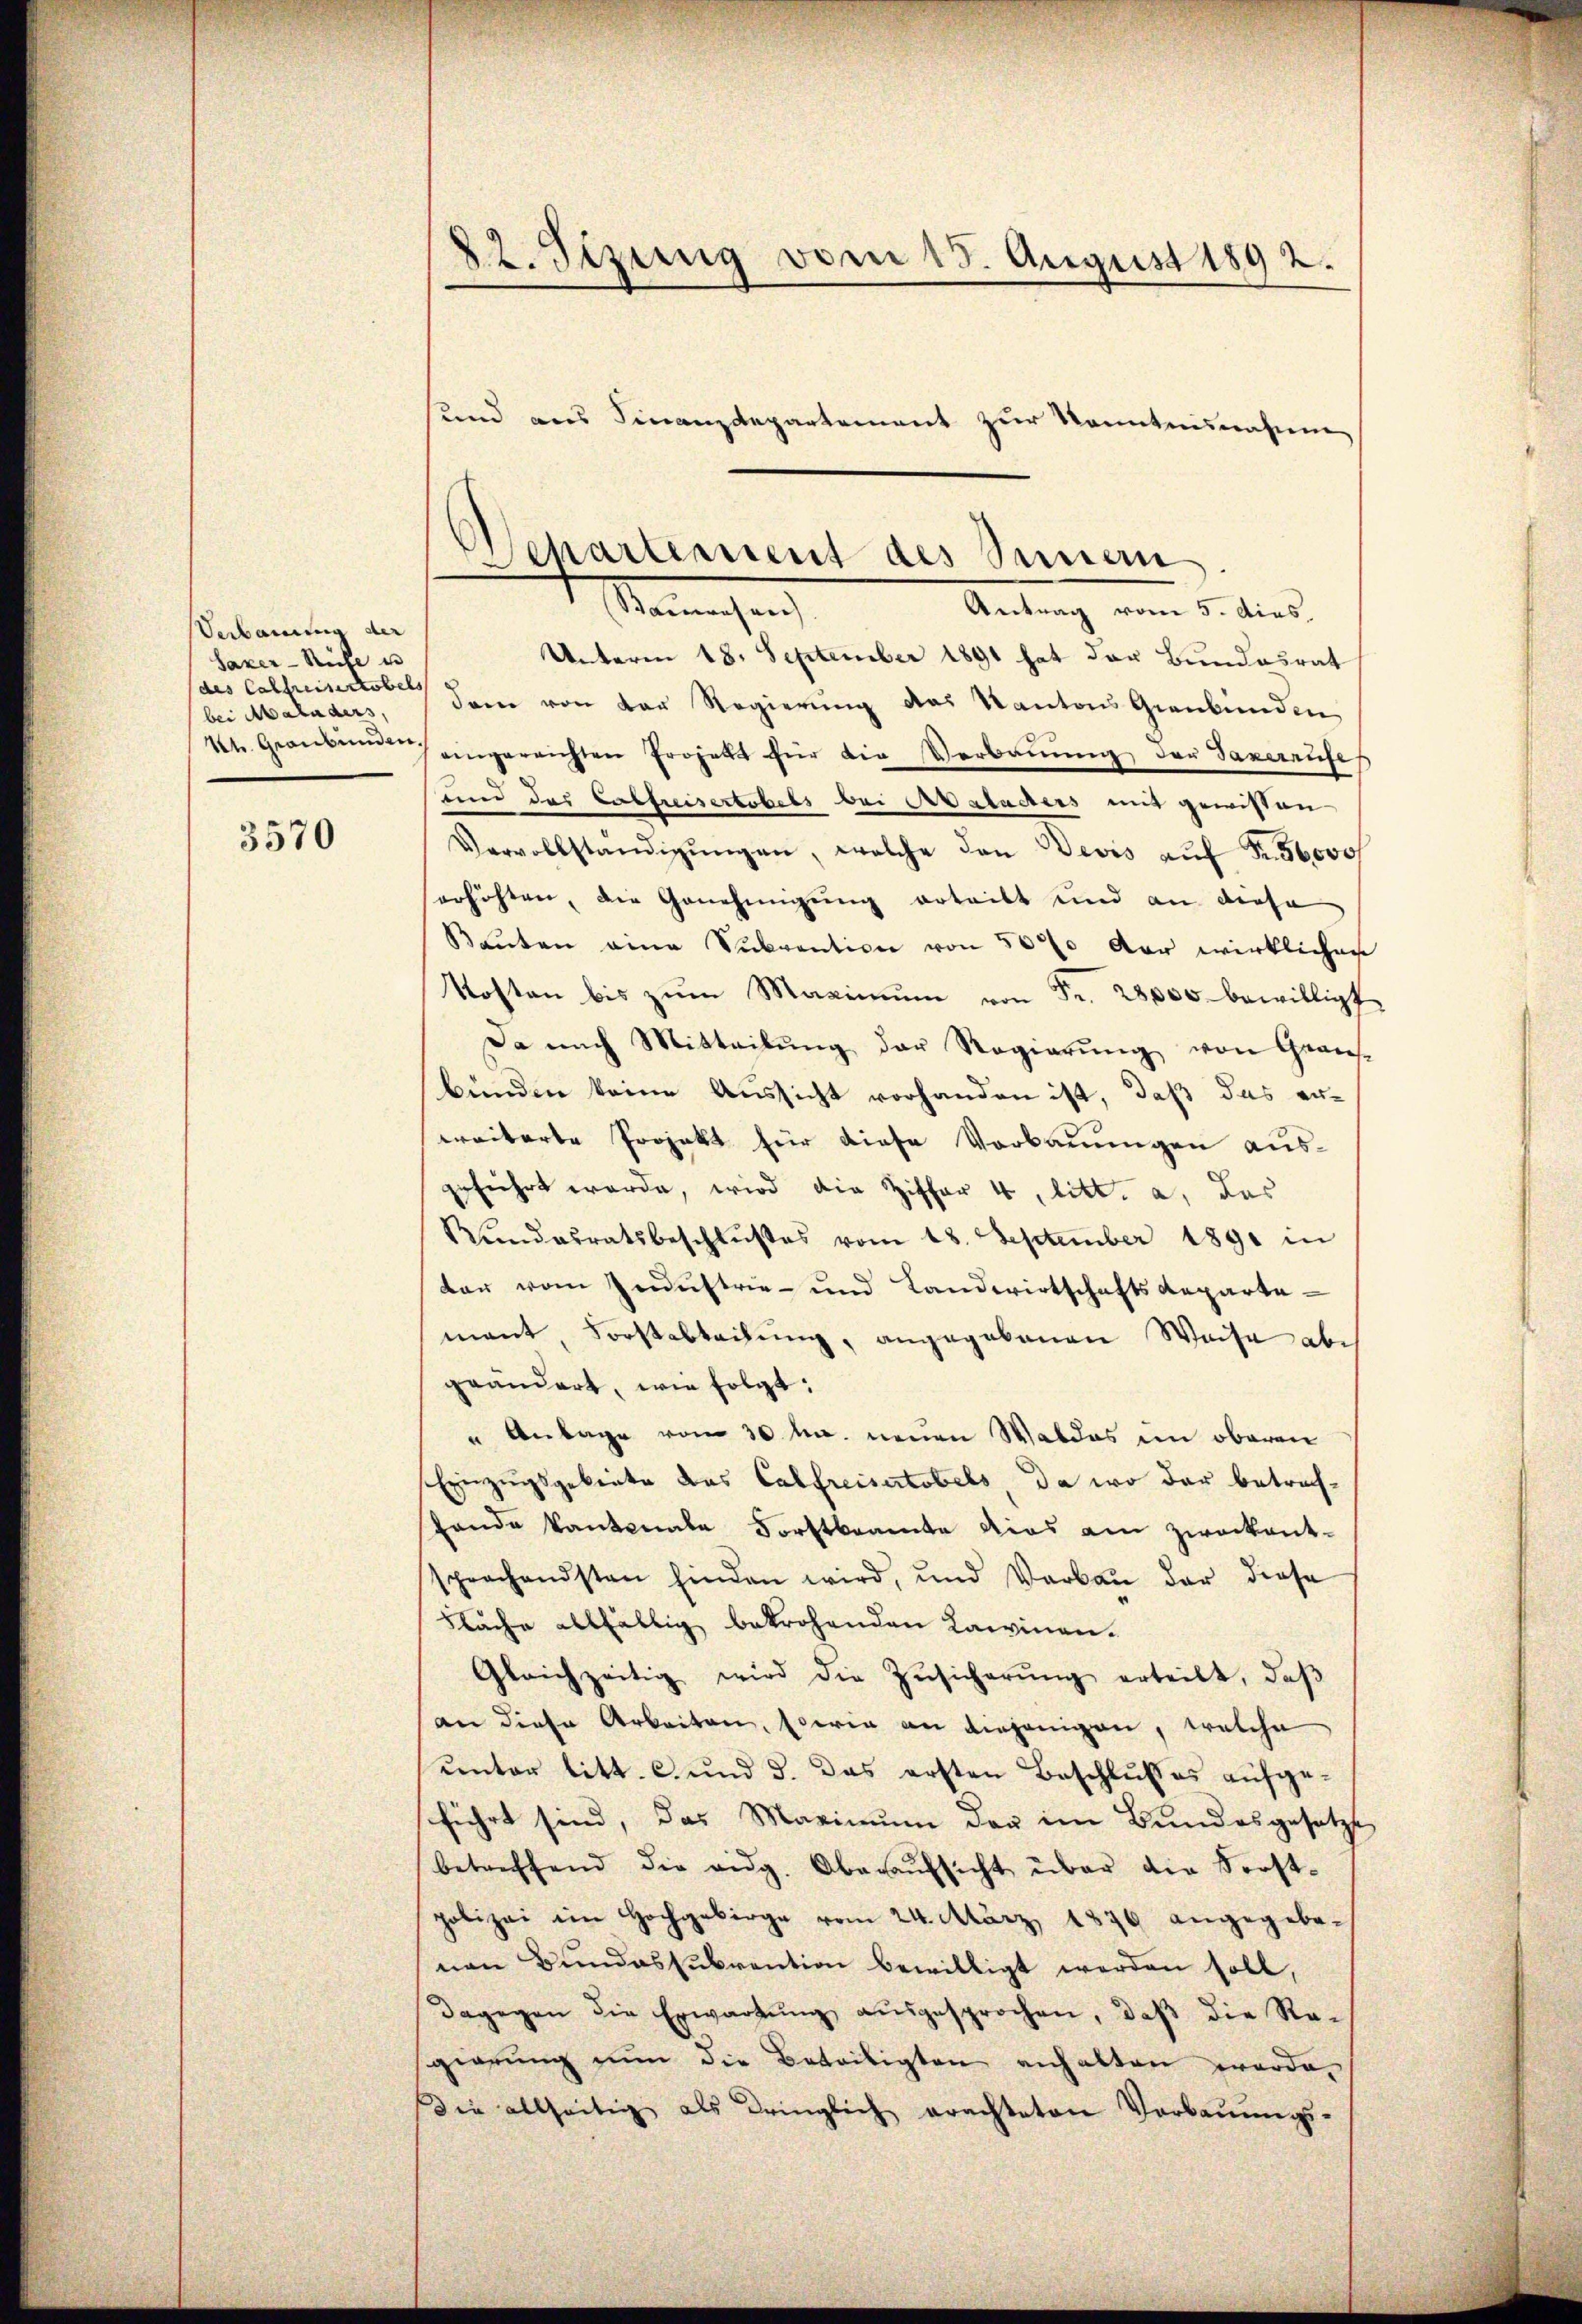
Verbauung der
Saxer-Ricke u
(des Castreitertobels
bei Maladers,

3570

22. Sizung vom 15. August 1892.
sund aus Finanzdepartement zur Kenntnisnahme

)
Departement des Sinnern
Marechen
Antrag vom 5. dies

Unterm 18. September 1891 hat der Bundesrat
dem von der Regierung das Kantons Graubünden
kt Granken hingerrichten Projekt für die Verbauung der Saxerrufes
und das Calfreisertobels bei Aaladiers mit gewissen
Vervollständigŭngen, welche den Devis aŭf Fr. 56000 f
serhöhten, die Genehmigung erteilt und an diese
Baŭten eine Subvention von 500 der wirklichen
Kosten bis zŭm Maximŭm von Fr. 28,000 bewilligt
Da nach Mitteilŭng der Regierŭng von Graus-
bünden keine Aussicht vorhanden ist, daß das erweiterte Projekt für diese Vorbauungen ausgefiehrt werde, wird die Ziffer 4, litt. a, das
Rŭndesratsbeschlußes vom 18. September 1891 in
dar vom Zendustrie- und Landwirtschaftsdepartemant, Forstabteilung, angegebenen Weise abe
geändert, wie folgt:
" Anlage vom 30 tn. neuen Waldes im oberen
Einzugsgebente das Calfreisertobels, da wo der betrach¬
Lande kantonale Forstbeamte dies am zweckentsprachendsten finden wird, und Verbaŭ der diese
Fläche allfällig bekrohenden Lawinen¬
Gleichzeitig wird die Zŭsicherŭng erteilt, daβ
(an diese Arbeiten, sowie an diejenigen, welche
unter litt. c. und 3. das ersten Beschlußes aufgeführt sind, das Maximum der im Bundesgesetzt
betreffend die eidg. Oberaŭfsicht über die Forst-
polizei im Hochgebirge vom 24. März 1876 angegebenen Bundessubvention bewilligt werden soll,
Dagegen die Erwartung aŭsgesprochen, daß die Re-
gierŭng nun die Beteiligten anhalten worde
Die allseitig als dringlich erachteten Verbauungs-